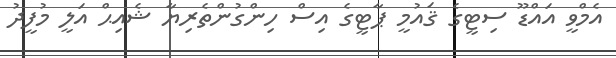
އެމްވީ އައްޑޫ ސިޓީގެ ޤައުމީ ޕާޓީގެ އިސް ހިންގުންތެރިޔާ ޝެއިޙް އަލީ މުފީދު